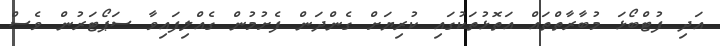
އަދި ފުޓްބޯޅަ މުބާރާތްތައް އަތޮޅުތަކުގައި ކުރިޔަށް ގެންދަން ފެށުމުން ގެއްލިފައިވާ ސަޕޯޓަރުން ވެސް